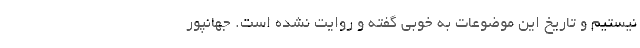
نیستیم و تاریخ این موضوعات به خوبی گفته و روایت نشده است. جهانپور